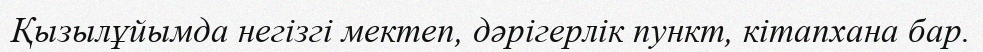
Қызылұйымда негізгі мектеп, дәрігерлік пункт, кітапхана бар.